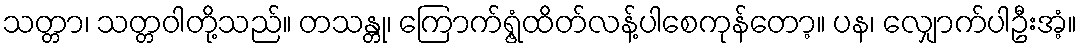
သတ္တာ၊ သတ္တဝါတို့သည်။ တသန္တု၊ ကြောက်ရွံ့ထိတ်လန့်ပါစေကုန်တော့။ ပန၊ လျှောက်ပါဦးအံ့။